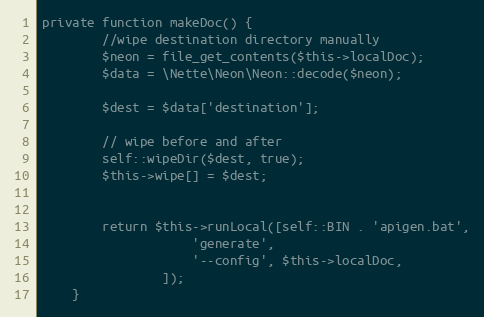
Language: PHP
private function makeDoc() {
		//wipe destination directory manually
		$neon = file_get_contents($this->localDoc);
		$data = \Nette\Neon\Neon::decode($neon);

		$dest = $data['destination'];

		// wipe before and after
		self::wipeDir($dest, true);
		$this->wipe[] = $dest;

		return $this->runLocal([self::BIN . 'apigen.bat',
					'generate',
					'--config', $this->localDoc,
				]);
	}